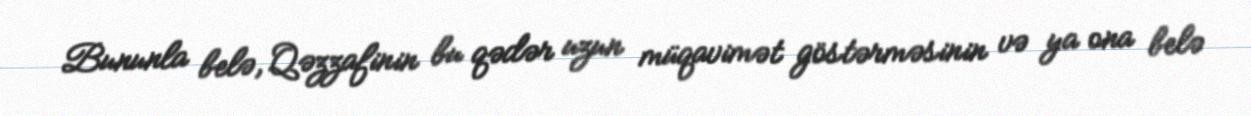
Bununla belə, Qəzzafinin bu qədər uzun müqavimət göstərməsinin və ya ona belə